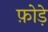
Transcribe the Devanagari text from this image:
फ़ोड़े